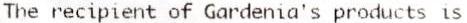
THE RECIPIENT OF GARDENIA'S PRODUCTS IS